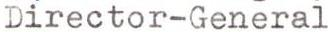
Director-General